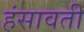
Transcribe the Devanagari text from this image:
हंसावती